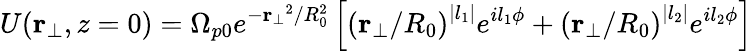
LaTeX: U(\mathbf{r}_{\bot},z=0)=\Omega_{p0}e^{-\mathbf{r_{\bot}}^{2}/R_{0}^{2}}\left[\left(\mathbf{r}_{\bot}/R_{0}\right)^{|l_{1}|}e^{il_{1}\phi}+\left(\mathbf{r}_{\bot}/R_{0}\right)^{|l_{2}|}e^{il_{2}\phi}\right]